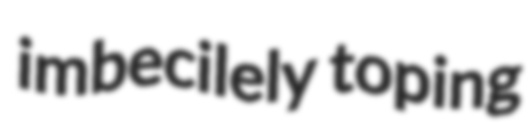
imbecilely toping